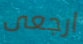
ارجعى